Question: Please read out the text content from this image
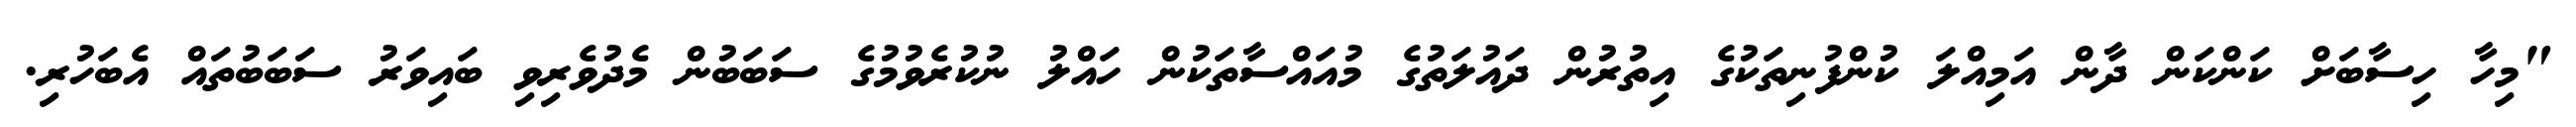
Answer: "މިހާ ހިސާބަށް ކަންކަން ދާން އަމިއްލަ ކުންފުނިތަކުގެ އިތުރުން ދައުލަތުގެ މުއައްސާތަކުން ހައްލު ނުކުރެވުމުގެ ސަބަބުން މެދުވެރިވި ބައިވަރު ސަބަބުތައް އެބަހުރި.